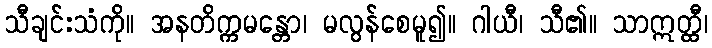
သီချင်းသံကို။ အနတိက္ကမန္တော၊ မလွန်စေမူ၍။ ဂါယီ၊ သီ၏။ သာဣတ္ထီ၊